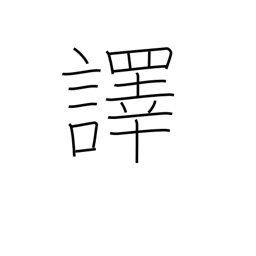
Meaning: translate